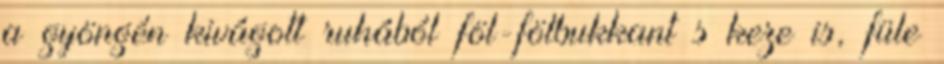
a gyöngén kivágott ruhából föl-fölbukkant s keze is, füle